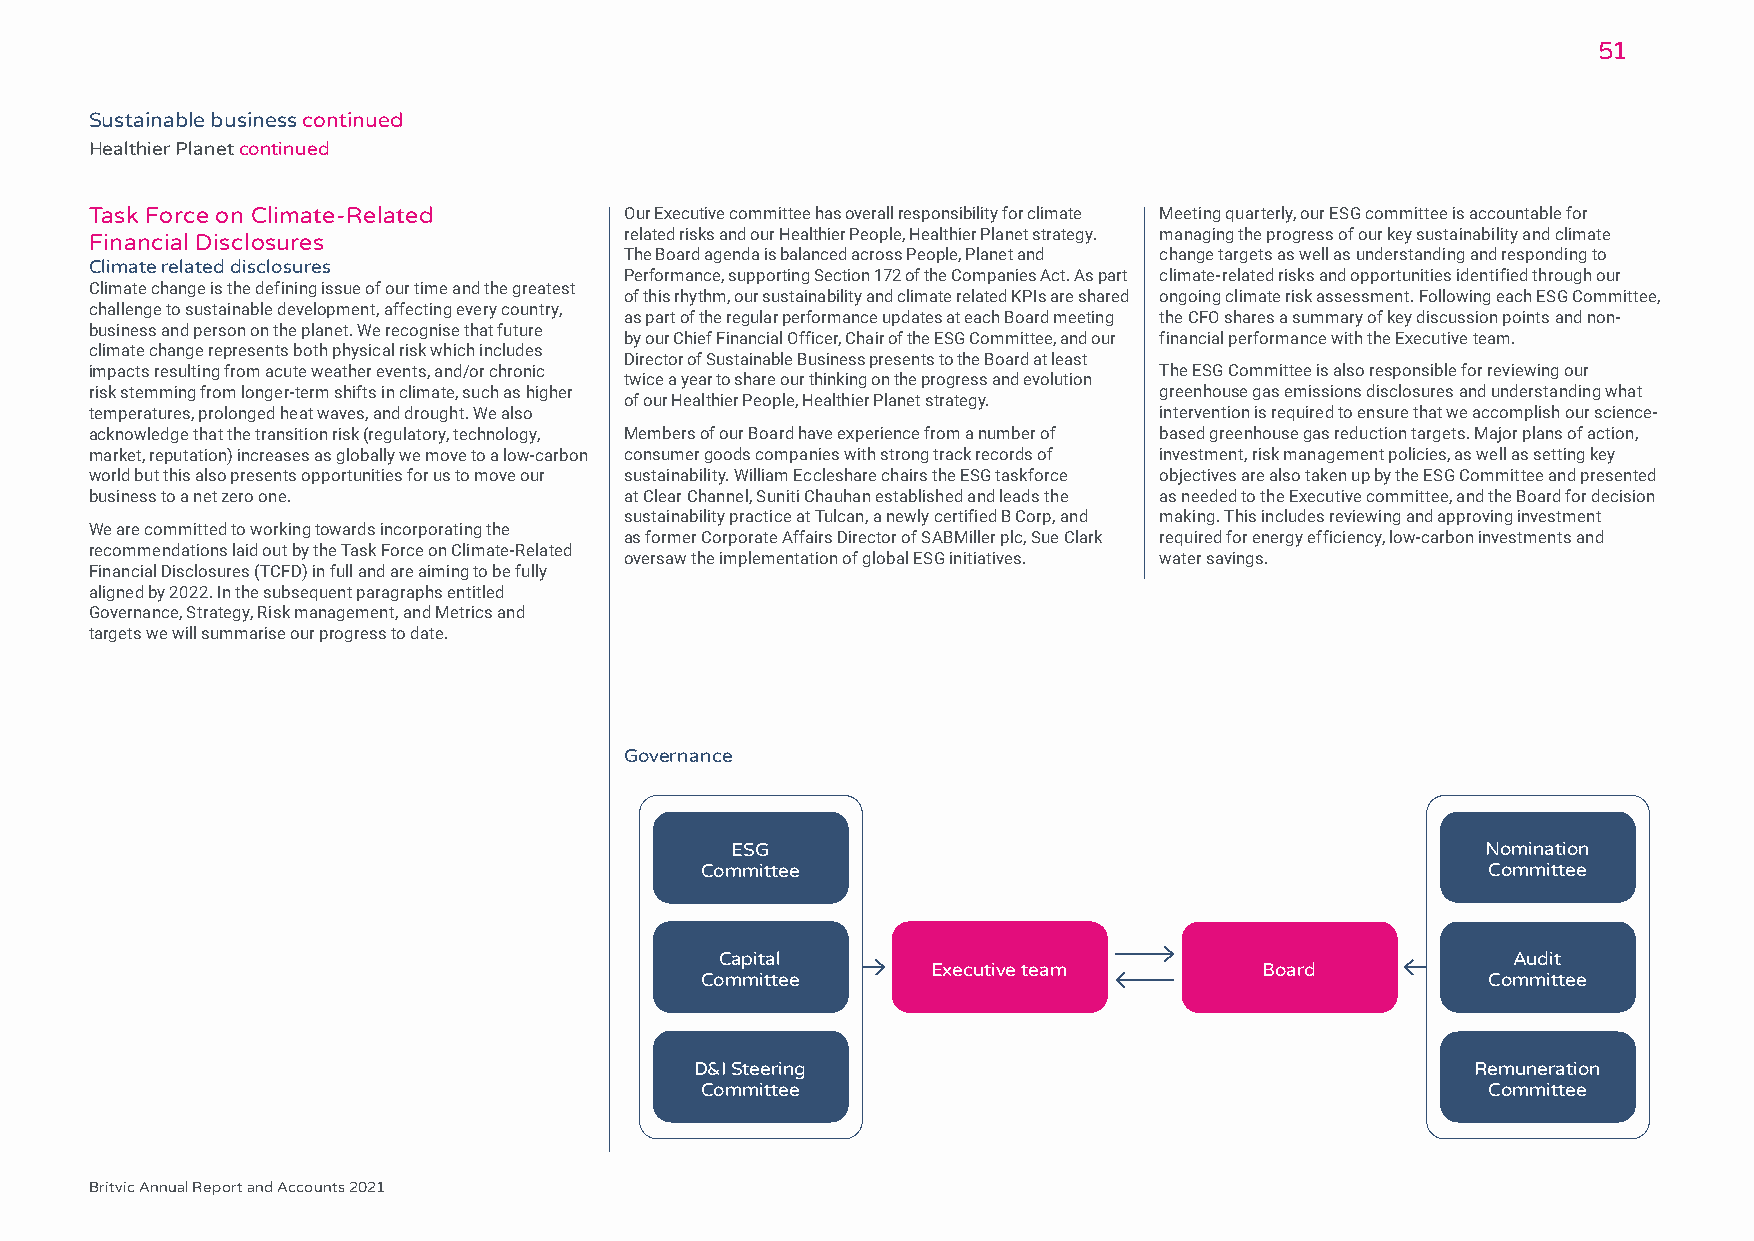
51
 Sustainable business continued
 Healthier Planet continued
 Task Force on Climate-Related      Our Executive committee has overall responsibility for climate Meeting quarterly, our ESG committee is accountable for
 related risks and our Healthier People, Healthier Planet strategy. managing the progress of our key sustainability and climate
 Financial Disclosures
 The Board agenda is balanced across People, Planet and change targets as well as understanding and responding to
 Climate related disclosures
 Performance, supporting Section 172 of the Companies Act. As part climate-related risks and opportunities identified through our
 Climate change is the defining issue of our time and the greatest
 of this rhythm, our sustainability and climate related KPIs are shared ongoing climate risk assessment. Following each ESG Committee,
 challenge to sustainable development, affecting every country,
 as part of the regular performance updates at each Board meeting the CFO shares a summary of key discussion points and non-
 business and person on the planet. We recognise that future
 by our Chief Financial Officer, Chair of the ESG Committee, and our financial performance with the Executive team.
 climate change represents both physical risk which includes
 Director of Sustainable Business presents to the Board at least
 impacts resulting from acute weather events, and/or chronic            The ESG Committee is also responsible for reviewing our
 twice a year to share our thinking on the progress and evolution
 risk stemming from longer-term shifts in climate, such as higher       greenhouse gas emissions disclosures and understanding what
 of our Healthier People, Healthier Planet strategy.
 temperatures, prolonged heat waves, and drought. We also               intervention is required to ensure that we accomplish our science-
 acknowledge that the transition risk (regulatory, technology, Members of our Board have experience from a number of based greenhouse gas reduction targets. Major plans of action,
 market, reputation) increases as globally we move to a low-carbon consumer goods companies with strong track records of investment, risk management policies, as well as setting key
 world but this also presents opportunities for us to move our sustainability. William Eccleshare chairs the ESG taskforce objectives are also taken up by the ESG Committee and presented
 business to a net zero one.        at Clear Channel, Suniti Chauhan established and leads the as needed to the Executive committee, and the Board for decision
 sustainability practice at Tulcan, a newly certified B Corp, and making. This includes reviewing and approving investment
 We are committed to working towards incorporating the
 as former Corporate Affairs Director of SABMiller plc, Sue Clark required for energy efficiency, low-carbon investments and
 recommendations laid out by the Task Force on Climate-Related
 oversaw the implementation of global ESG initiatives. water savings.
 Financial Disclosures (TCFD) in full and are aiming to be fully
 aligned by 2022. In the subsequent paragraphs entitled
 Governance, Strategy, Risk management, and Metrics and
 targets we will summarise our progress to date.
 Governance
 ESG                                               Nomination
 Committee                                           Committee
 Capital                                             Audit
 Executive team        Board
 Committee                                           Committee
 D&I Steering                                        Remuneration
 Committee                                           Committee
 Britvic Annual Report and Accounts 2021